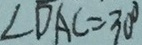
\angle D A C = 3 0 ^ { \circ }